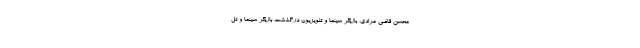
محسن قاضی مرادی، بازیگر سینما و تلویزیون درگذشت بازیگر سینما و تل